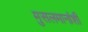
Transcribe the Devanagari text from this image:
मुसलमानांशी